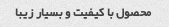
محصول با کیفیت و بسیار زیبا